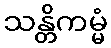
သန္တိကမ္မံ